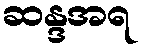
ဆန္ဒအရ